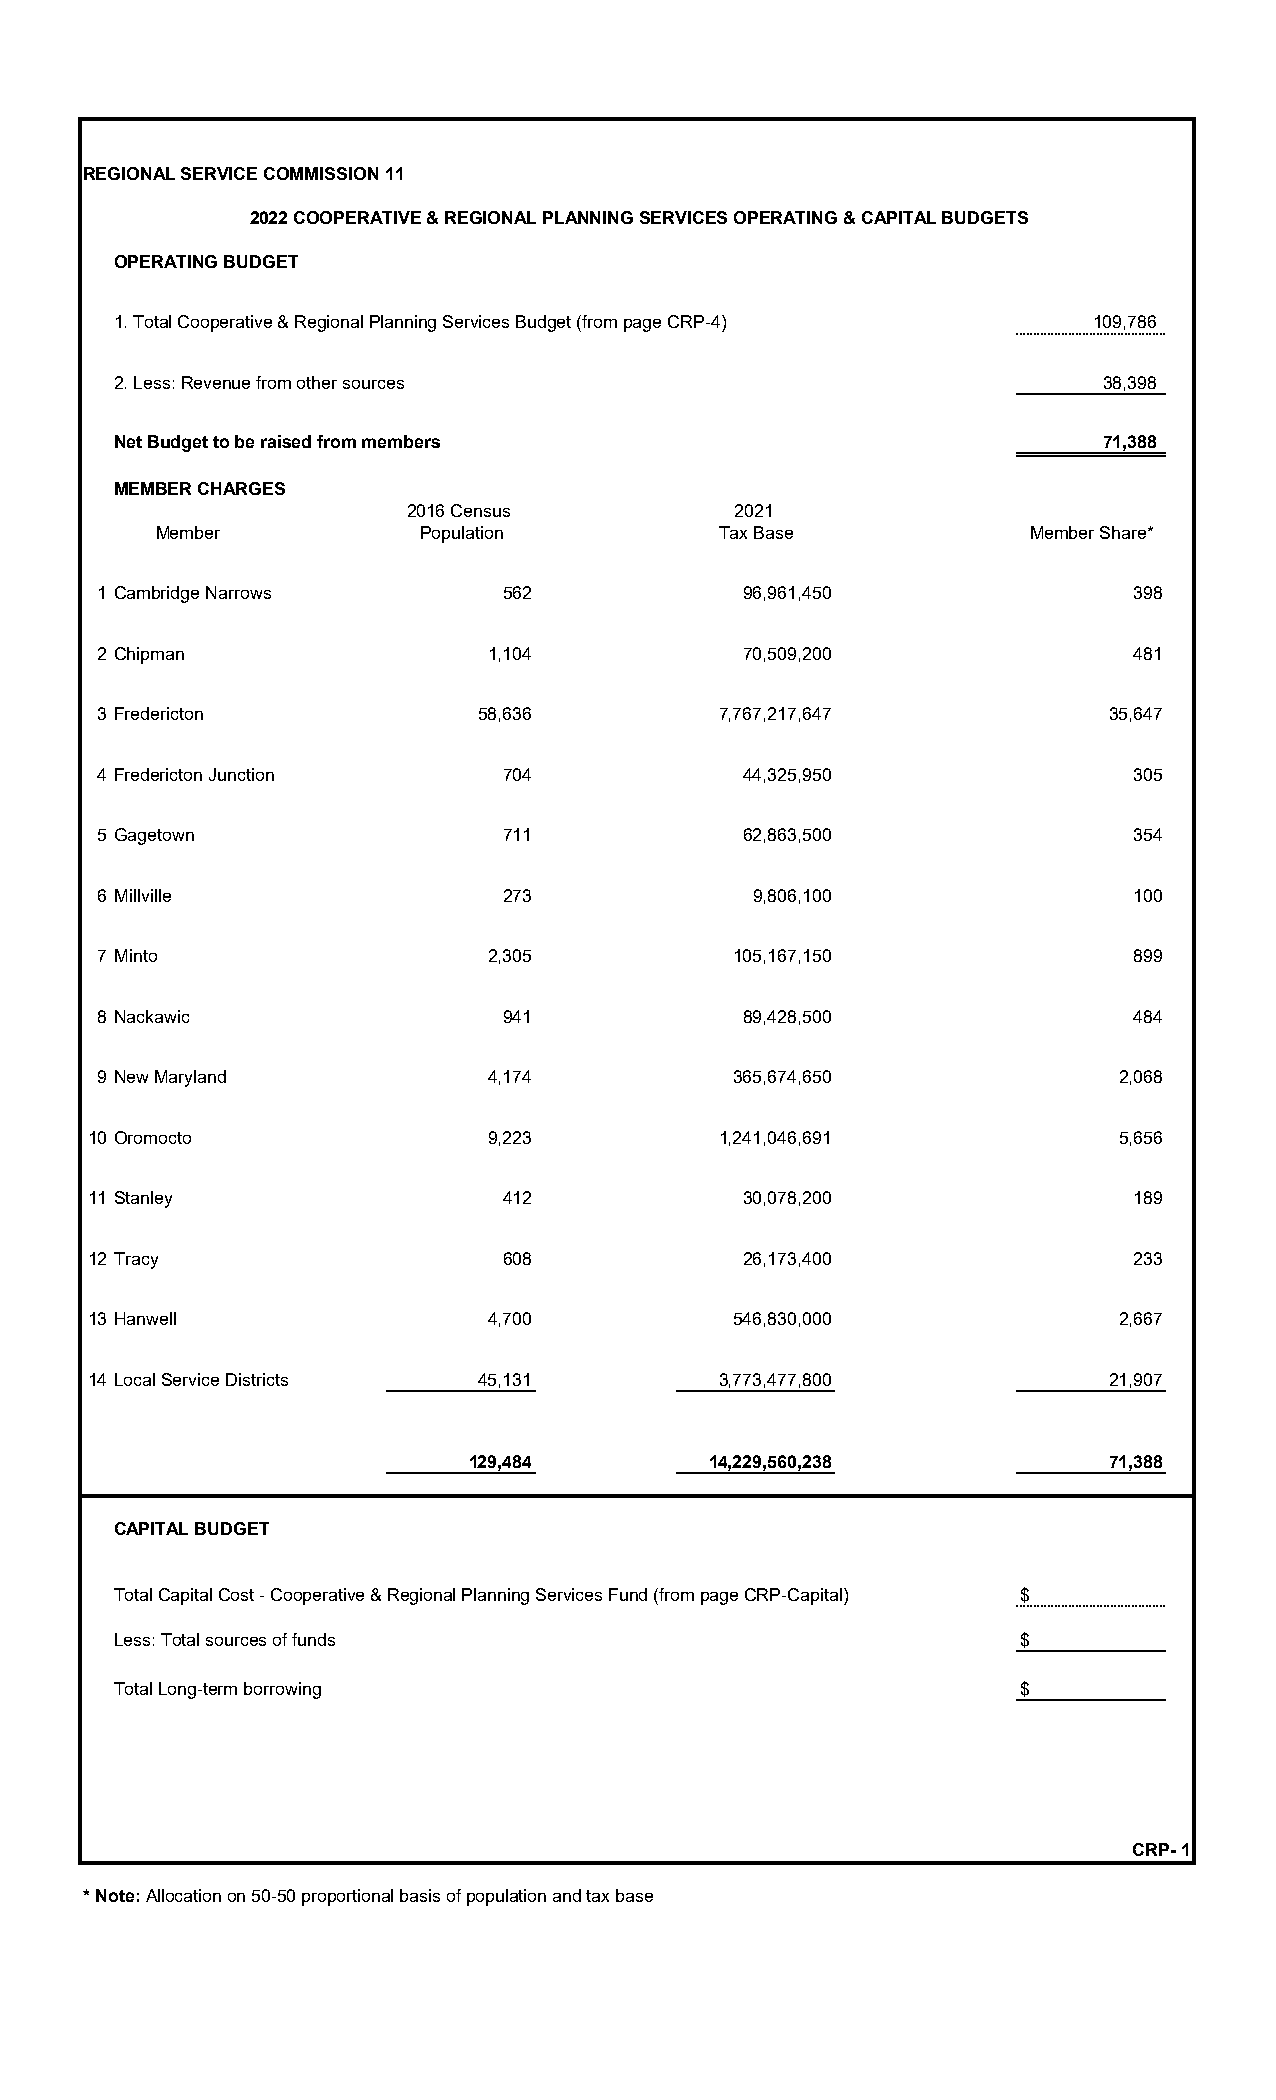
REGIONAL SERVICE COMMISSION 11
 2022 COOPERATIVE & REGIONAL PLANNING SERVICES OPERATING & CAPITAL BUDGETS
 OPERATING BUDGET
 1. Total Cooperative & Regional Planning Services Budget (from page CRP-4) 109,786
 2. Less: Revenue from other sources                               38,398
 Net Budget to be raised from members                              71,388
 MEMBER CHARGES
 2016 Census          2021
 Member           Population          Tax Base             Member Share*
 1 Cambridge Narrows        562             96,961,450                398
 2 Chipman                 1,104            70,509,200                481
 3 Fredericton            58,636          7,767,217,647             35,647
 4 Fredericton Junction     704             44,325,950                305
 5 Gagetown                 711             62,863,500                354
 6 Millville                273             9,806,100                 100
 7 Minto                   2,305           105,167,150                899
 8 Nackawic                 941             89,428,500                484
 9 New Maryland            4,174           365,674,650               2,068
 10 Oromocto                9,223          1,241,046,691              5,656
 11 Stanley                  412             30,078,200                189
 12 Tracy                    608             26,173,400                233
 13 Hanwell                 4,700           546,830,000               2,667
 14 Local Service Districts 45,131         3,773,477,800             21,907
 129,484         14,229,560,238            71,388
 CAPITAL BUDGET
 Total Capital Cost - Cooperative & Regional Planning Services Fund (from page CRP-Capital) $
 Less: Total sources of funds                                $
 Total Long-term borrowing                                   $
 CRP- 1
 * Note: Allocation on 50-50 proportional basis of population and tax base